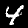
Label: 4